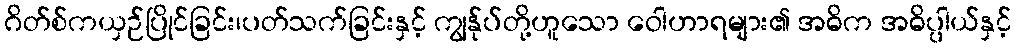
ဂိတ်စ်ကယှဉ်ပြိုင်ခြင်း၊ပတ်သက်ခြင်းနှင့် ကျွန်ုပ်တို့ဟူသော ဝေါဟာရများ၏ အဓိက အဓိပ္ပါယ်နှင့်